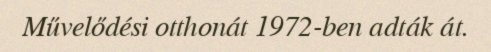
Művelődési otthonát 1972-ben adták át.